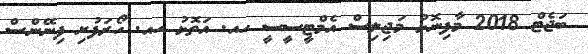
ބަޖެޓް 2018 މާފިނޮޅު މަޖިލިސް އެމްޓީސީސީ ހއ. އަތޮޅު ހއ. ހޯރަފުށި ފިނޭންސް